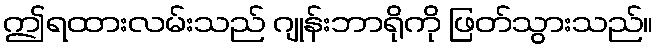
ဤရထားလမ်းသည် ဂျုန်းဘာရိုကို ဖြတ်သွားသည်။